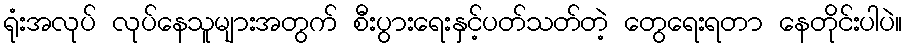
ရုံးအလုပ် လုပ်နေသူများအတွက် စီးပွားရေးနှင့်ပတ်သတ်တဲ့ တွေရေးရတာ နေတိုင်းပါပဲ။